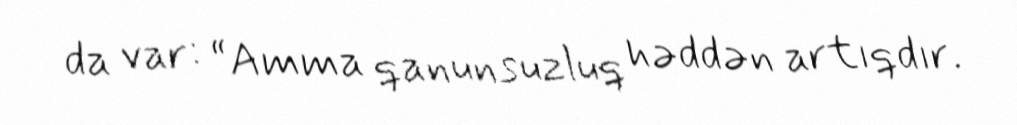
da var: “Amma qanunsuzluq həddən artıqdır.